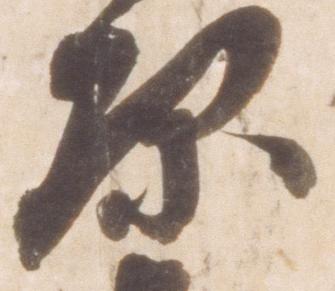
原